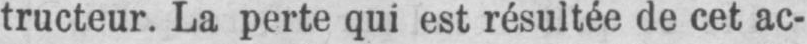
tructeur. La perte qui est résultée de cet ac-